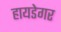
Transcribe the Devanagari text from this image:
हायडेगर